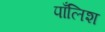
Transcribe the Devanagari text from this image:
पाँलिश